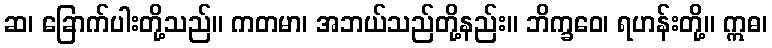
ဆ၊ ခြောက်ပါးတို့သည်။ ကတမာ၊ အဘယ်သည်တို့နည်း။ ဘိက္ခဝေ၊ ရဟန်းတို့။ ဣဓ၊